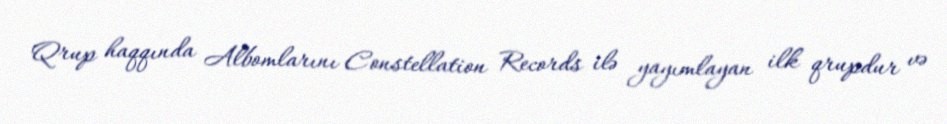
Qrup haqqında Albomlarını Constellation Records ilə yayımlayan ilk qrupdur və